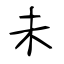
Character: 未